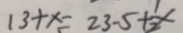
1 3 + x = 2 3 - 5 + \frac { 1 } { 2 } x